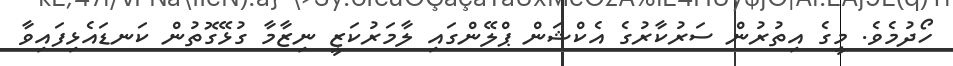
ހޯދުމެވެ. މީގެ އިތުރުން ސަރުކާރުގެ އެކްޝަން ޕްލޭންގައި ލާމަރުކަޒީ ނިޒާމާ ގުޅޭގޮތުން ކަނޑައެޅިފައިވާ